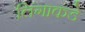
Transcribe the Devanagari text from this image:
लिंगाकडे